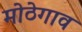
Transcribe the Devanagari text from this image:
मोठेगाव